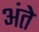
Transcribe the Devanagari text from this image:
अंते